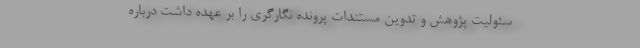
سئولیت پژوهش و تدوین مستندات پرونده نگارگری را بر عهده داشت درباره